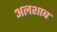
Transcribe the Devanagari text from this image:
अलशाब